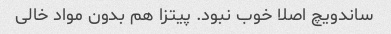
ساندویچ اصلا خوب نبود. پیتزا هم بدون مواد خالی